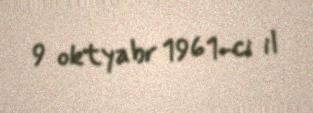
9 oktyabr 1961-ci il